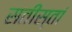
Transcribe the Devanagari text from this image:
सतीस्तां